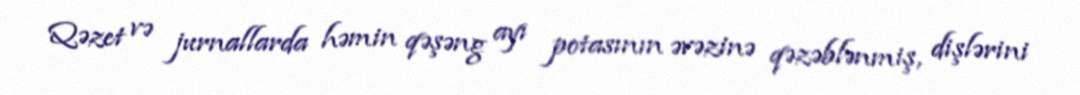
Qəzet və jurnallarda həmin qəşəng ayı potasının əvəzinə qəzəblənmiş, dişlərini